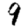
Digit: 9